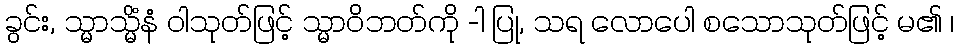
ခွင်း, သ္မာသ္မိံနံ ဝါသုတ်ဖြင့် သ္မာဝိဘတ်ကို -ါ ပြု, သရ လောပေါ စသောသုတ်ဖြင့် မ၏ ၊